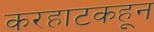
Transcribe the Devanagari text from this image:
करहाटकहून